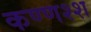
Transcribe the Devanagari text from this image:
कण्णश्श